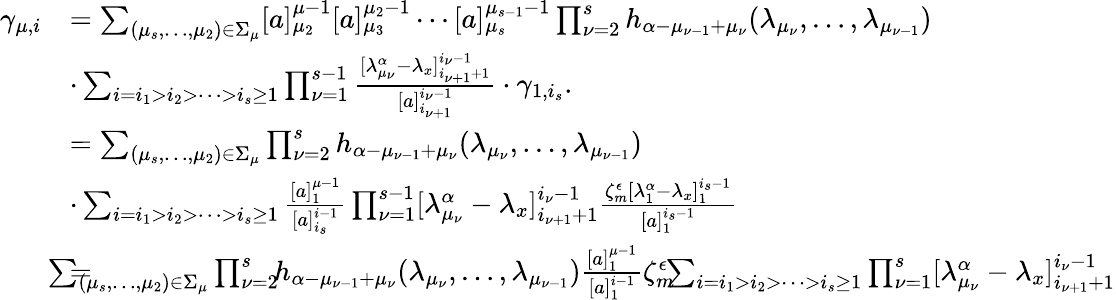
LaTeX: \begin{array}{rl}{\gamma_{\mu,i}}&{=\sum_{(\mu_{s},\ldots,\mu_{2})\in\Sigma_{\mu}}[a]_{\mu_{2}}^{\mu-1}[a]_{\mu_{3}}^{\mu_{2}-1}\cdots[a]_{\mu_{s}}^{\mu_{s-1}-1}\prod_{\nu=2}^{s}h_{\alpha-\mu_{\nu-1}+\mu_{\nu}}(\lambda_{\mu_{\nu}},\ldots,\lambda_{\mu_{\nu-1}})}\\ &{\cdot\sum_{i=i_{1}>i_{2}>\cdots>i_{s}\geq 1}\prod_{\nu=1}^{s-1}\frac{[\lambda_{\mu_{\nu}}^{\alpha}-\lambda_{x}]_{i_{\nu+1}+1}^{i_{\nu}-1}}{[a]_{i_{\nu+1}}^{i_{\nu}-1}}\cdot\gamma_{1,i_{s}}.}\\ &{=\sum_{(\mu_{s},\ldots,\mu_{2})\in\Sigma_{\mu}}\prod_{\nu=2}^{s}h_{\alpha-\mu_{\nu-1}+\mu_{\nu}}(\lambda_{\mu_{\nu}},\ldots,\lambda_{\mu_{\nu-1}})}\\ &{\cdot\sum_{i=i_{1}>i_{2}>\cdots>i_{s}\geq 1}\frac{[a]_{1}^{\mu-1}}{[a]_{i_{s}}^{i-1}}\prod_{\nu=1}^{s-1}[\lambda_{\mu_{\nu}}^{\alpha}-\lambda_{x}]_{i_{\nu+1}+1}^{i_{\nu}-1}\frac{\zeta_{m}^{\epsilon}[\lambda_{1}^{\alpha}-\lambda_{x}]_{1}^{i_{s}-1}}{[a]_{1}^{i_{s}-1}}}\\ &{=\! \! \! \! \! \! \! \! \! \! \! \sum_{(\mu_{s},\ldots,\mu_{2})\in\Sigma_{\mu}}\prod_{\nu=2}^{s}\! \! h_{\alpha-\mu_{\nu-1}+\mu_{\nu}}(\lambda_{\mu_{\nu}},\ldots,\lambda_{\mu_{\nu-1}})\frac{[a]_{1}^{\mu-1}}{[a]_{1}^{i-1}}\zeta_{m}^{\epsilon}\! \! \! \sum_{i=i_{1}>i_{2}>\cdots>i_{s}\geq 1}\prod_{\nu=1}^{s}[\lambda_{\mu_{\nu}}^{\alpha}-\lambda_{x}]_{i_{\nu+1}+1}^{i_{\nu}-1}}\end{array}